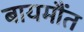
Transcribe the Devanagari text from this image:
बायमौंत